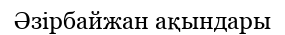
Әзірбайжан ақындары